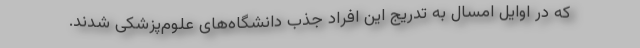
که در اوایل امسال به تدریج این افراد جذب دانشگاه‌های علوم‌پزشکی شدند.